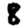
Digit: 8